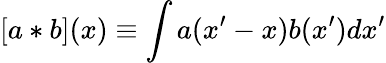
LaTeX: [a*b](x)\equiv\int a(x^{\prime}-x)b(x^{\prime})dx^{\prime}